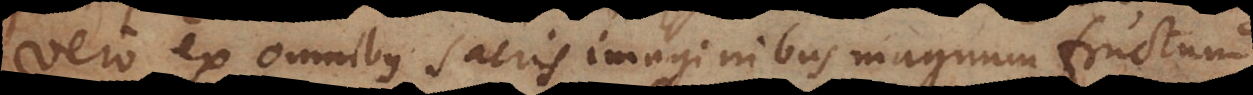
vero ex omnibus sacris imaginibus magnum fructum